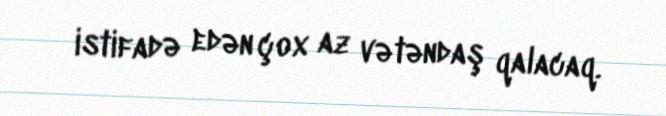
istifadə edən çox az vətəndaş qalacaq.